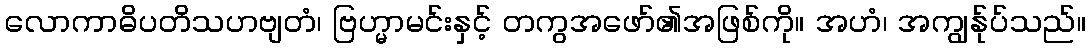
လောကာဓိပတိသဟဗျတံ၊ ဗြဟ္မာမင်းနှင့် တကွအဖော်၏အဖြစ်ကို။ အဟံ၊ အကျွန်ုပ်သည်။